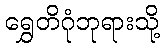
ရွှေတိဂုံဘုရားသို့